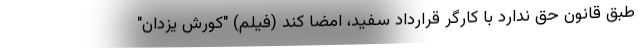
طبق قانون حق ندارد با کارگر قرارداد سفید، امضا کند (فیلم) "کورش یزدان"